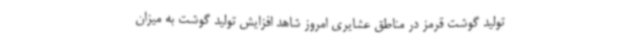
تولید گوشت قرمز در مناطق عشایری امروز شاهد افزایش تولید گوشت به میزان